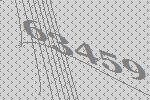
63459